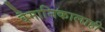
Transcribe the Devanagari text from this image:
वैमानिकालाही